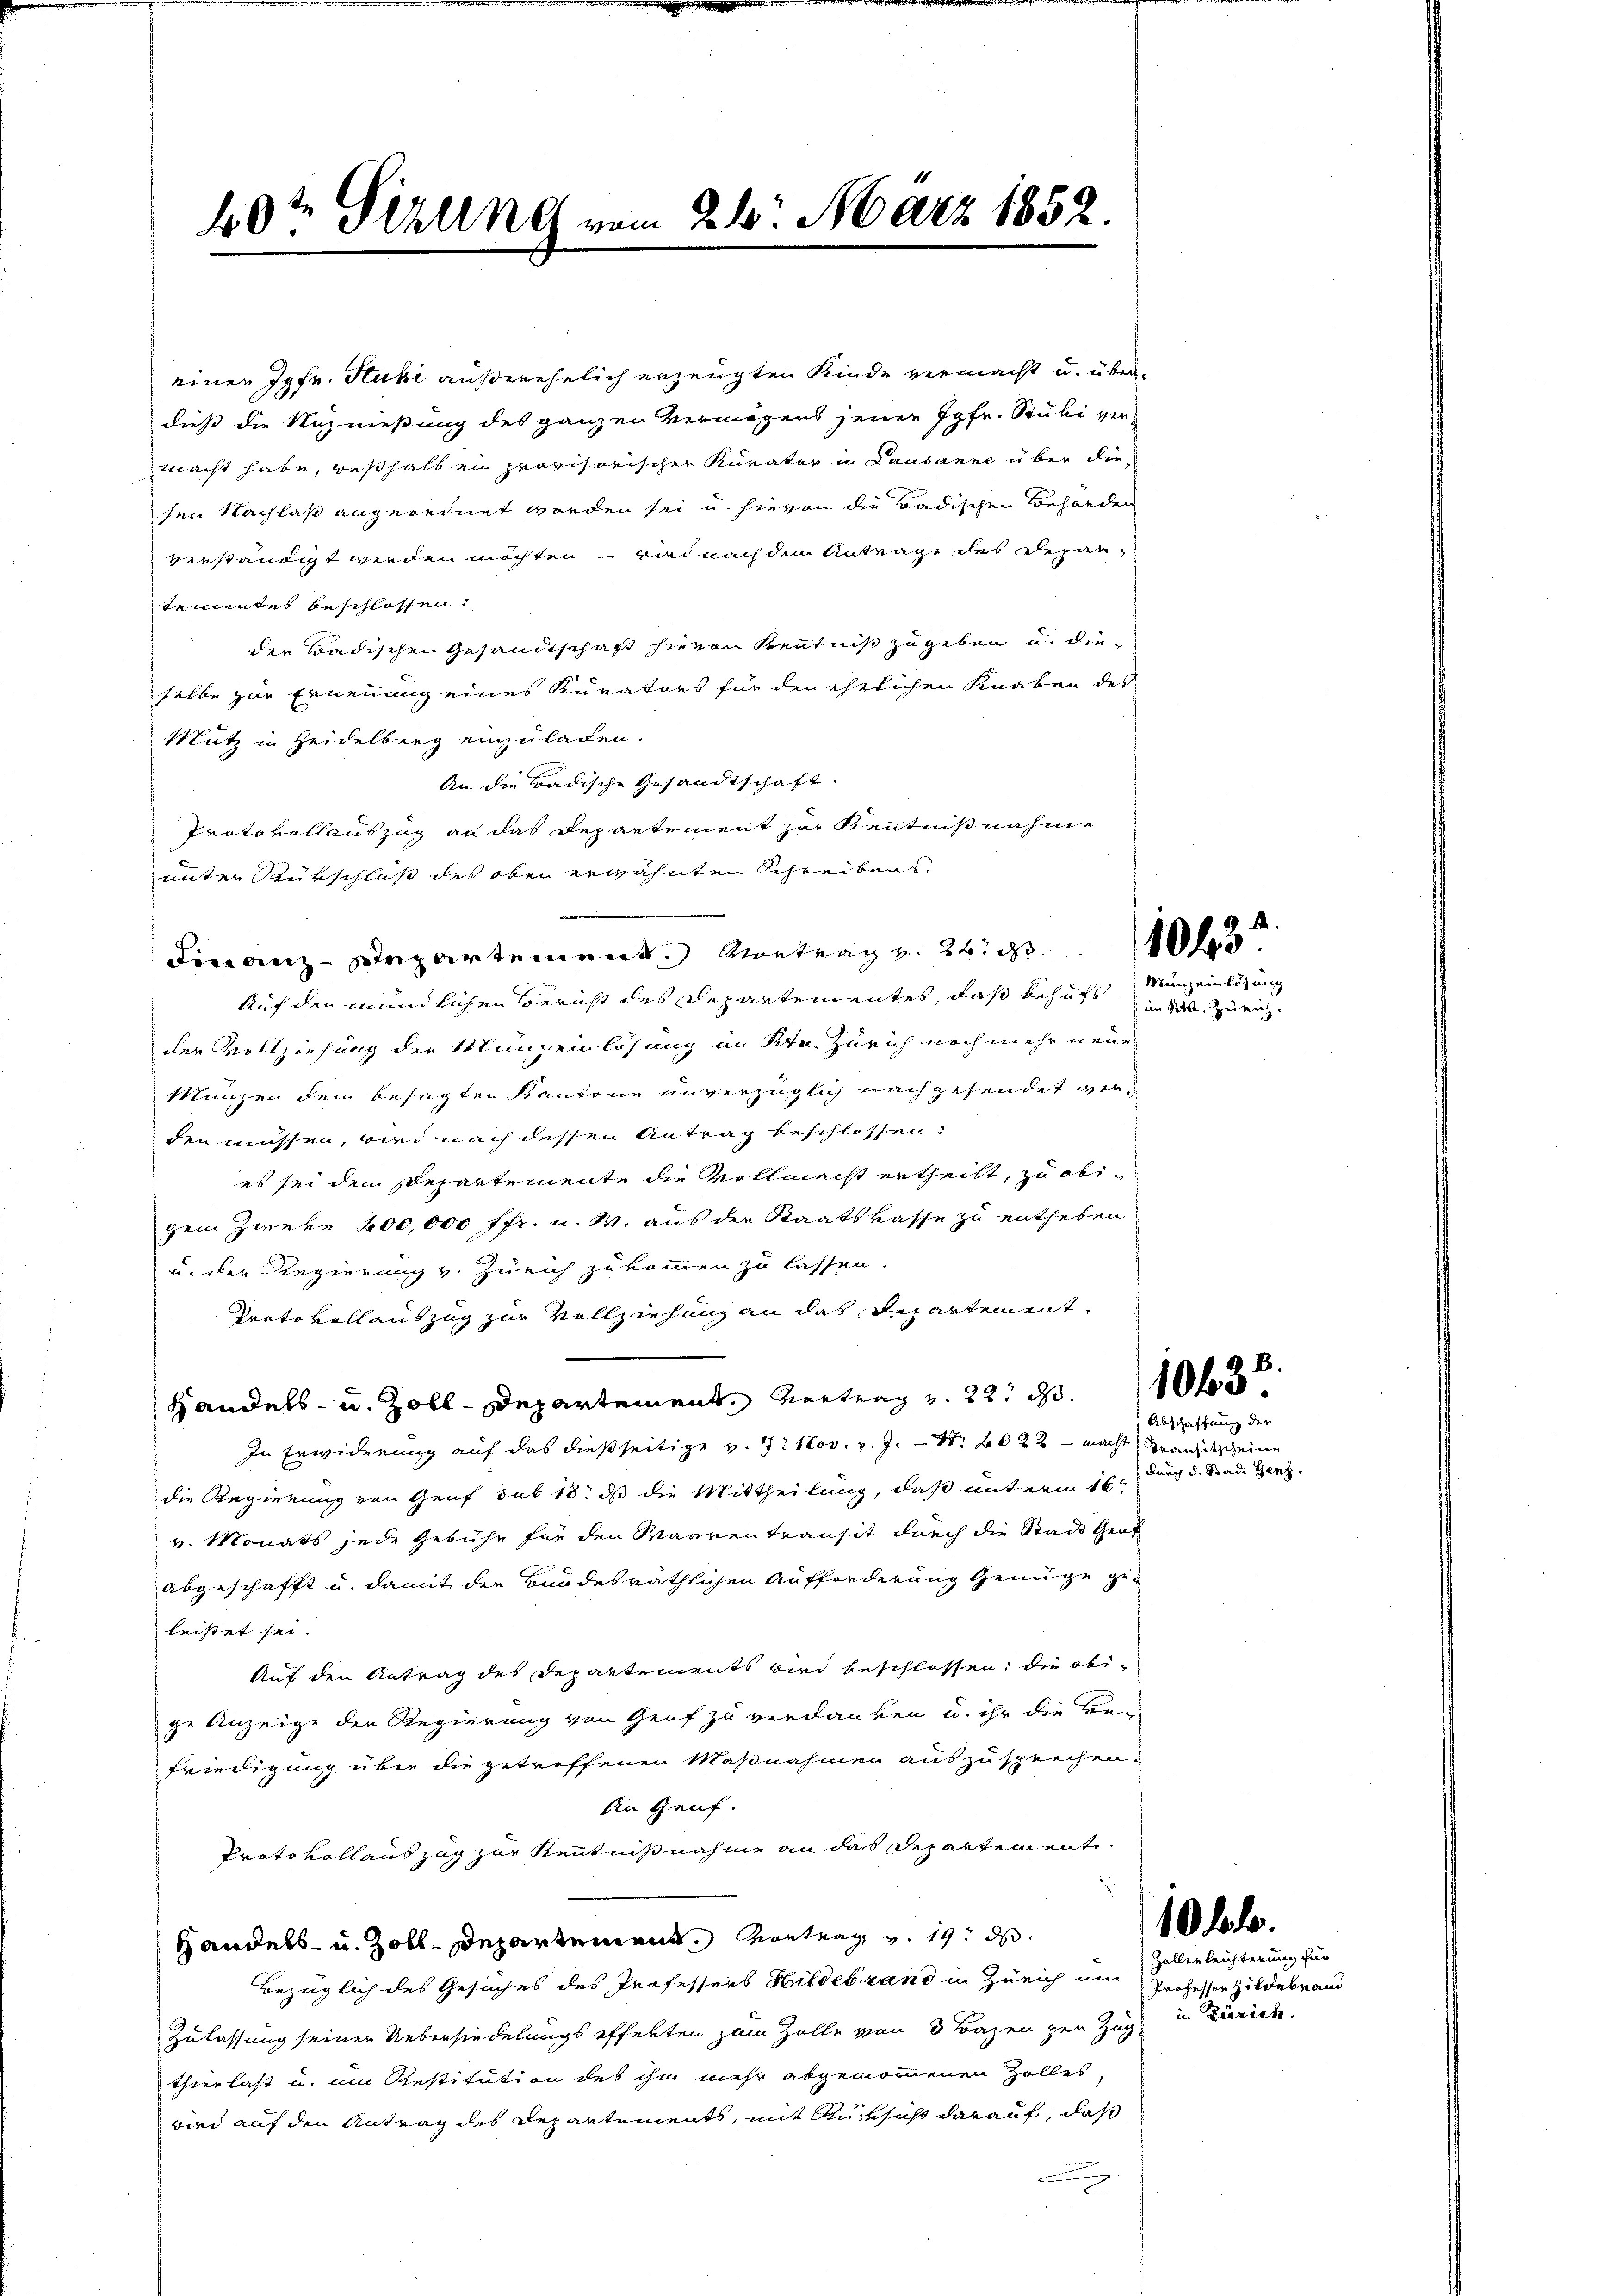
einer Jgfr. Huki außerehelich erzeugten Kinde vermacht u. überdieß die Unznießung des ganzen Vermögens jener Jgfr. Stubi ver-
macht habe, weßhalb ein provisorischer Kurator in Lausanne über die
sen Nachlaß angeordnet worden sei u. hievon die Badischen Behörden
verständigt werden möchten – wird nach dem Antrage des Departementes beschlossen:
die Badischen Gesandtschaft hievon Kenntniß zu geben u. die
selbe zur Ernennung eines Kurators für den ehelichen Knaben des
Mutz in Heidelberg einzuladen.
An die Badische Gesandtschaft.
Protokollauszug an das Departement zur Kenntnißnahme
unter Bürschluß des oben erwähnten Schreibens.
Auf den mündlichen Bericht des Departementes, daß behufs Mineinlösung
der Vollziehung der Münzenlösung in Str. Zürich noch mehr neue
Münzen dem besagten Kantone unverzüglich nachgesendet werden müssen, wird nach dessen Antrag beschlossen:
es sei dem Departemente die Vollmacht ertheilt, zu obigen. Zwein 200,000 ffr. u. W. aus der Staatskasse zu entheben
u. der Regierung v. Zürich zukommen zu lassen.
Protokoll auszug zur Vollziehung an das Repartement,
Handels- u. Zoll-Departement. Vortrag v. 22. ds.
In Erwiderung auf das dießseitige v. 7. Nov. v. J. Nr. 2022 - macht Tranchitscheine
die Regierung von Genf sub 18. ds die Mittheilung, daß unterm 16t
v. Monats jede Gebühr für den Waarentransit durch die Stadt Graf
abgeschafft u. damit der Bundesräthlichen Aufforderung Genüge geleistet sei.
Auf den Antrag des Departements wird beschlossen; die obige Anzeige der Regierung von Genf zu verdanken u. ihr die Be-
friedigung über die getreffenen Maßnahmen auszusprechen.
Ain Genf.
Proto voll auszug zur Kenntnißnahme an das Departement.
Handels- u. Zoll-Departement. Vortrag v. 19. ds.
Bezüglich des Gesuches des Professors Hildebrand in Zürich um Zollerleichterung für
Zulassung seiner Uebersiedelungs effelten zum Zolle von 3 Bazen zur Zug, in Bierinte
thierlast u. um Restitution des ihm mehr abgenommenen Zolles,
bad auf den Antrag des Departements, mit Rücksicht darauf, daß
.

40te Scheine vom 26. März 1852.

Finanz-Departement. Vortrag v. 24. 10

im Bett. Zürich.

Abschaffung der
durch d. Stadt Genf,

1063

10 fl.

Professor Hildebrand